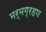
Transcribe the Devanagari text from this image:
मर्मग्रहण